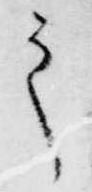
之